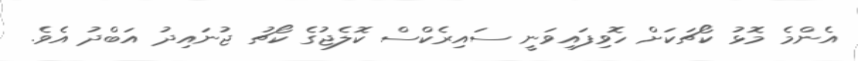
އެންމެ މޮޅު ކޯޗަކަށް ހޮވިފައިވަނީ ސައިރެކްސް ކޮލެޖުގެ ކޯޗު ޖުނައިދު އަބްދު އެވެ.